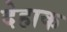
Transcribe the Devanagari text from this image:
देहाक